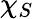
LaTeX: \chi_{S}